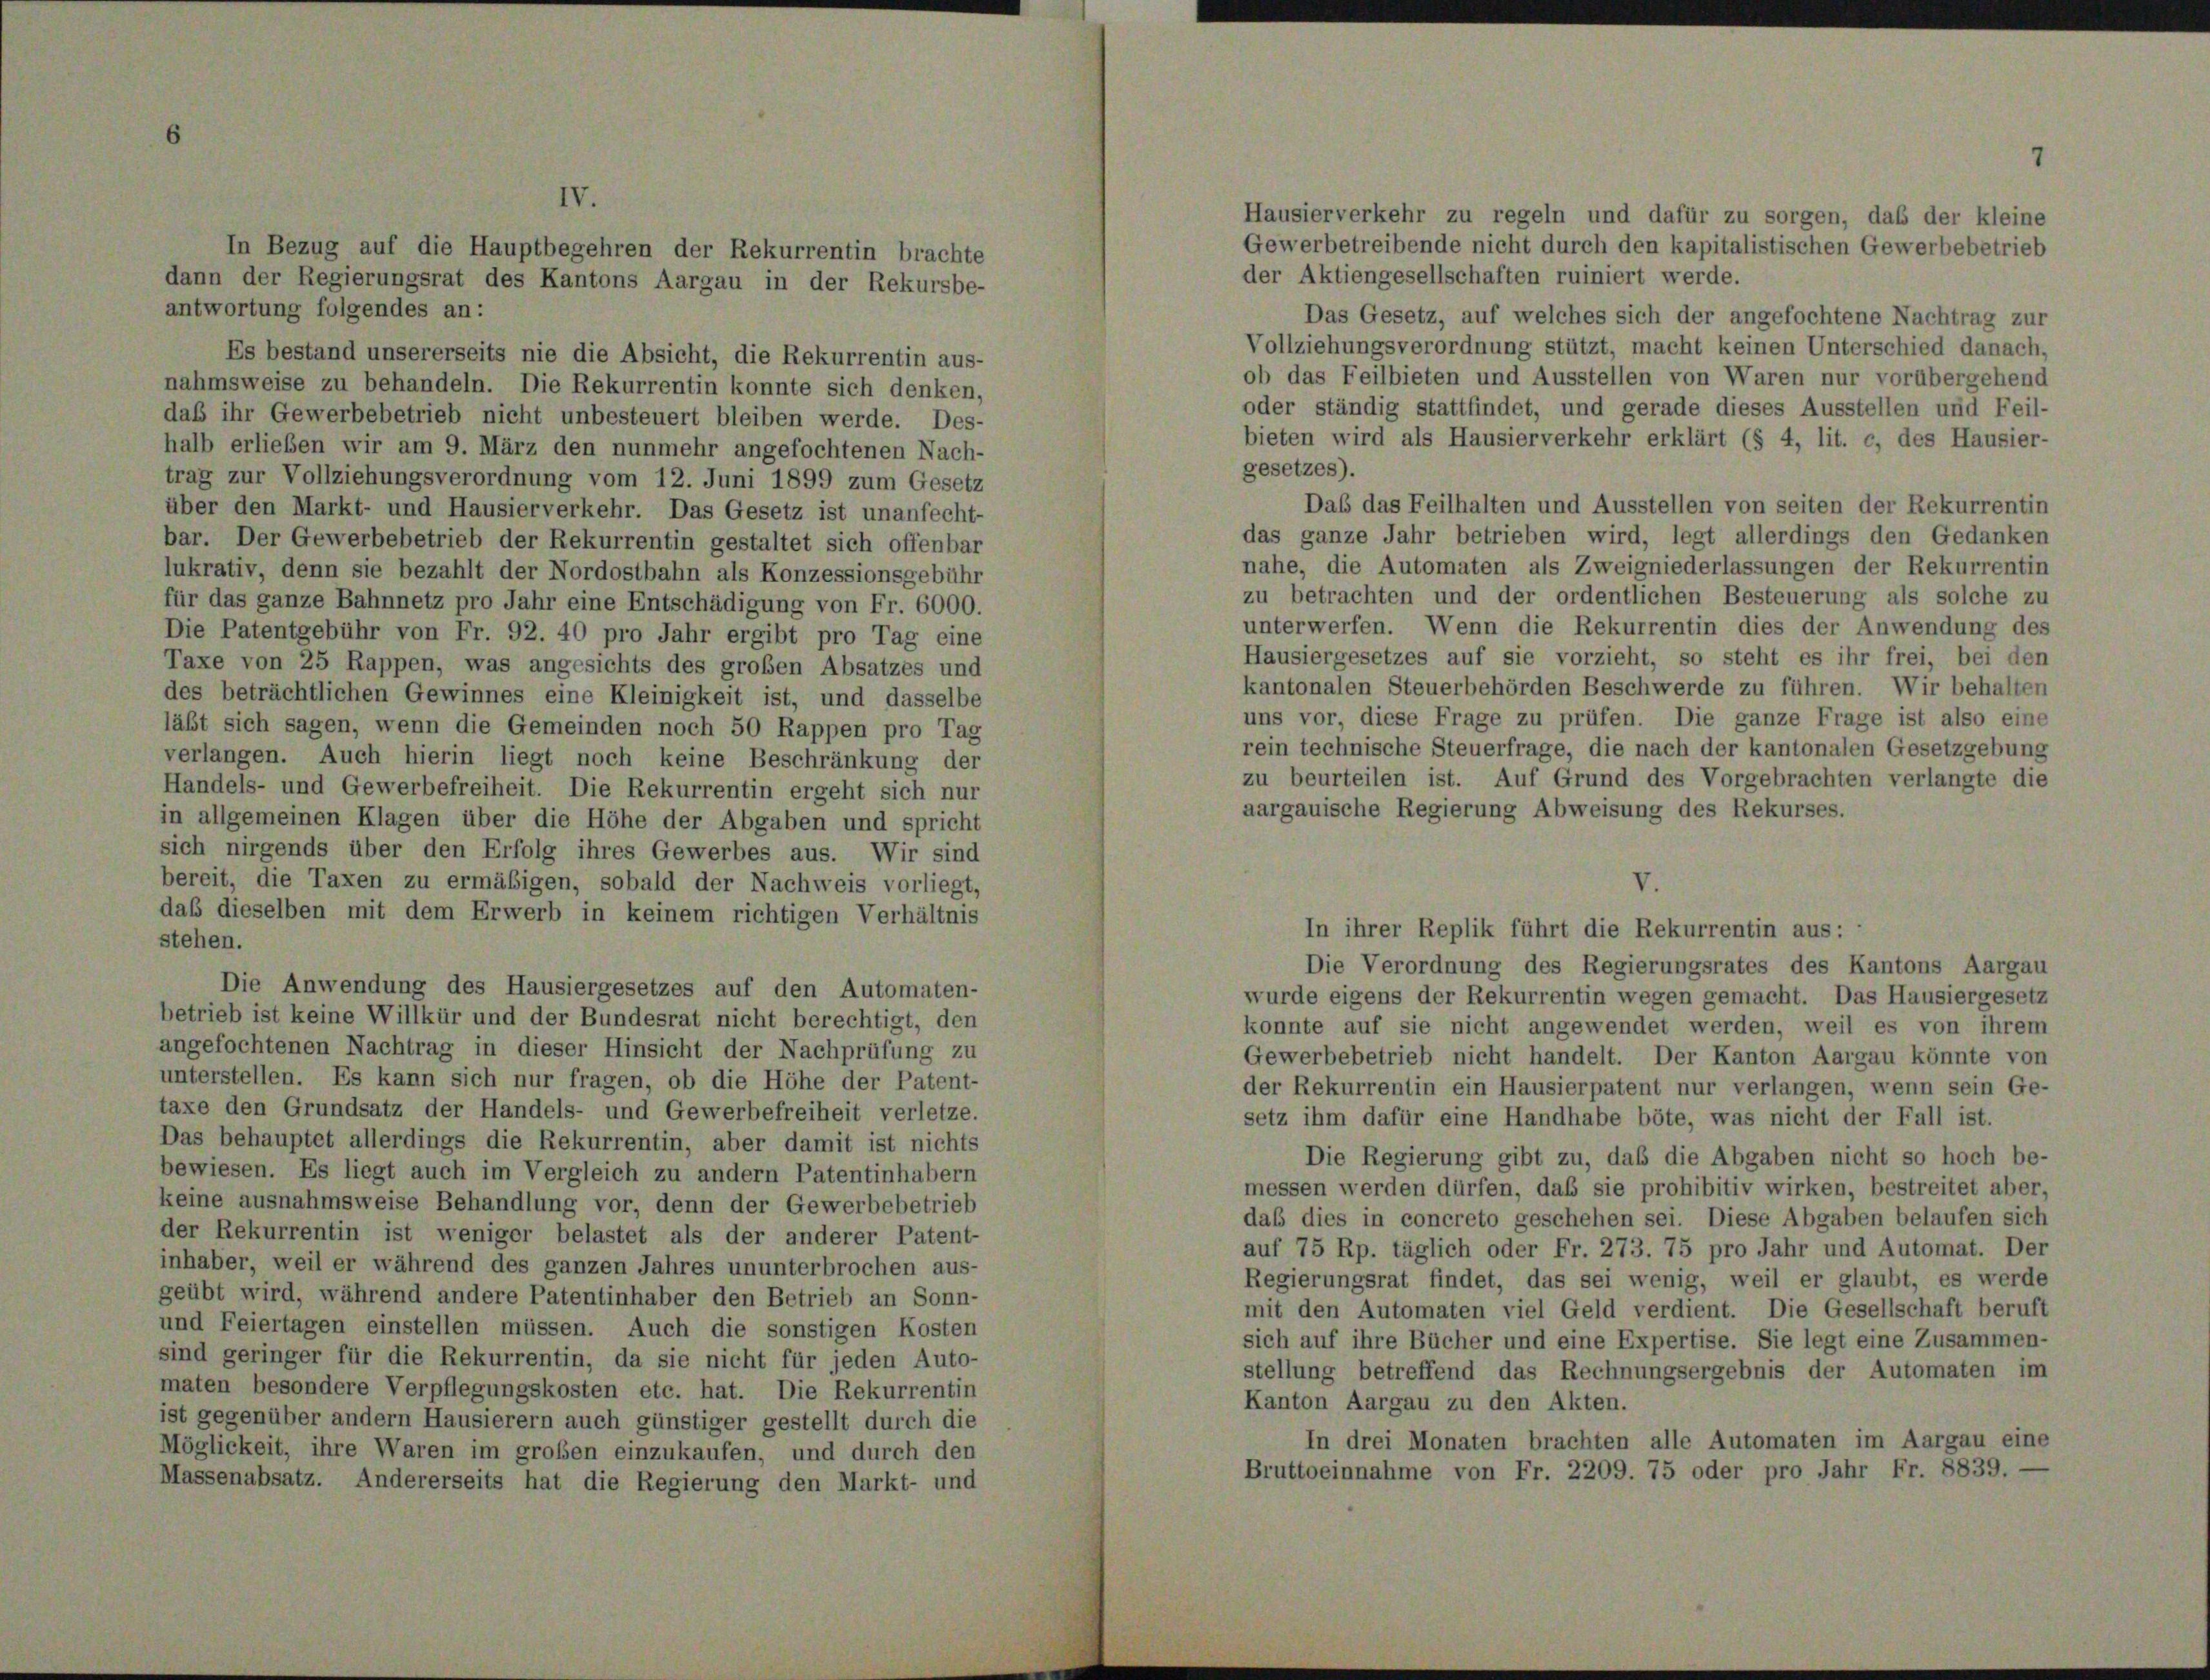
antwortung folgendes c

daß ihr Gewerbebetrieb nicht unbesteuert bleiben werde. Des-
halb erlieben wir am 9. März den nunmehr angefochtenen Nach-
trag zur Vollziehungsverordnung vom 12. Juni 1899 zum Gesetz
über den Markt- und Hausierverkehr. Das Gesetz ist unanfecht-
bar. Der Gewerbebetrieb der Rekurrentin gestaltet sich offenbar
lukrativ, denn sie bezahlt der Nordostbahn als Konzessionsgebühr
für das ganze Bahnnetz pro Jahr eine Entschädigung von Fr. 6000.
Die Patentgebühr von Fr. 92. 40 pro Jahr ergibt pro Tag ein
Taxe von 25 Rappen, was angesichts des großen Absatzes und
des beträchtlichen Gewinnes eine Kleinigkeit ist, und dasselbs
läßt sich sagen, wenn die Gemeinden noch 50 Rappen pro Tas
verlangen. Auch hierin liegt noch keine Beschränkung des
Handels- und Gewerbefreiheit. Die Rekurrentin ergeht sich nur
in allgemeinen Klagen über die Höhe der Abgaben und spricht
sich nirgends über den Erfolg ihres Gewerbes aus. Wir sind
bereit, die Taxen zu ermäßigen, sobald der Nachweis vorliegt
daß dieselben mit dem Erwerb in keinem richtigen Verhältnis
stehen.
Die Anwendung des Hausiergesetzes auf den Automaten
betrieb ist keine Willkür und der Bundesrat nicht berechtigt, der
angefochtenen Nachtrag in dieser Hinsicht der Nachprüfung zu
unterstellen. Es kann sich nur fragen, ob die Höhe der Patent
taxe den Grundsatz der Handels- und Gewerbefreiheit verletze
Das behauptet allerdings die Rekurrentin, aber damit ist nichts
bewiesen. Es liegt auch im Vergleich zu andern Patentinhabern
keine ausnahmsweise Behandlung vor, denn der Gewerbebetrieb
der Rekurrentin ist weniger belastet als der anderer Patent
inhaber, weil er während des ganzen Jahres ununterbrochen aus-
geübt wird, während andere Patentinhaber den Betrieb an Sonn-
und Feiertagen einstellen müssen. Auch die sonstigen Kosten
sind geringer für die Rekurrentin, da sie nicht für jeden Auto-
maten besondere Verpflegungskosten etc. hat. Die Rekurrentin
ist gegenüber andern Hausierern auch günstiger gestellt durch die
Möglickeit, ihre Waren im großen einzukaufen, und durch den
Massenabsatz. Andererseits hat die Regierung den Markt- und

Es bestand unsererseits nie die Absicht, die Rekurrentin aus-
nahmsweise zu behandeln. Die Rekurrentin konnte sich denken,

In Bezug auf die Hauptbegehren der Rekurrentin brachte
dann der Regierungsrat des Kantons Aargau in der Rekursbe-

e

der Aktiengesellschaften ruiniert werde.
Das Gesetz, auf welches sich der angefochtene Nachtrag zur
Vollziehungsverordnung stützt, macht keinen Unterschied danach
ob das Feilbieten und Ausstellen von Waren nur vorübergehen,
oder ständig stattfindet, und gerade dieses Ausstellen und Feil
bieten wird als Hausierverkehr erklärt (§ 4, lit. c, des Hausier
gesetzes).
Das das Feilhalten und Ausstellen von seiten der Rekurrentir
das ganze Jahr betrieben wird, legt allerdings den Gedanken
nahe, die Automaten als Zweigniederlassungen der Rekurrentit
zu betrachten und der ordentlichen Besteuerung als solche zu
unterwerfen. Wenn die Rekurrentin dies der Anwendung des
Hausiergesetzes auf sie vorzieht, so steht es ihr frei, bei der
kantonalen Steuerbehörden Beschwerde zu führen. Wir behalter
uns vor, diese Frage zu prüfen. Die ganze Frage ist also eine
rein technische Steuerfrage, die nach der kantonalen Gesetzgebung
zu beurteilen ist. Auf Grund des Vorgebrachten verlangte die
aargauische Regierung Abweisung des Rekurses.
V.
In ihrer Replik führt die Rekurrentin aus:
Die Verordnung des Regierungsrates des Kantons Aargau
wurde eigens der Rekurrentin wegen gemacht. Das Hausiergesetz
konnte auf sie nicht angewendet werden, weil es von ihrem
Gewerbebetrieb nicht handelt. Der Kanton Aargau könnte von
der Rekurrentin ein Hausierpatent nur verlangen, wenn sein Ge
setz ihm dafür eine Handhabe böte, was nicht der Fall ist.
Die Regierung gibt zu, daß die Abgaben nicht so hoch be-
messen werden dürfen, daß sie prohibitiv wirken, bestreitet aber
daß dies in concreto geschehen sei. Diese Abgaben belaufen sich
auf 75 Rp. täglich oder Fr. 273. 75 pro Jahr und Automat. Der
Regierungsrat findet, das sei wenig, weil er glaubt, es werde
mit den Automaten viel Geld verdient. Die Gesellschaft beruft
sich auf ihre Bücher und eine Expertise. Sie legt eine Zusammen-
stellung betreffend das Rechnungsergebnis der Automaten im
Kanton Aargau zu den Akten.
In drei Monaten brachten alle Automaten im Aargau ein
Bruttoeinnahme von Fr. 2209. 75 oder pro Jahr Fr. 8839. —

Hausierverkehr zu regeln und dafür zu sorgen, daß der kleine

Gewerbetreibende nicht durch den kapitalistischen Gewerbebetrieb